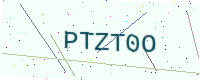
Text: PTZT0O